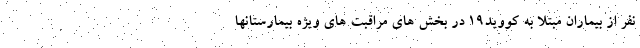
نفر از بیماران مبتلا به کووید۱۹ در بخش های مراقبت های ویژه بیمارستانها